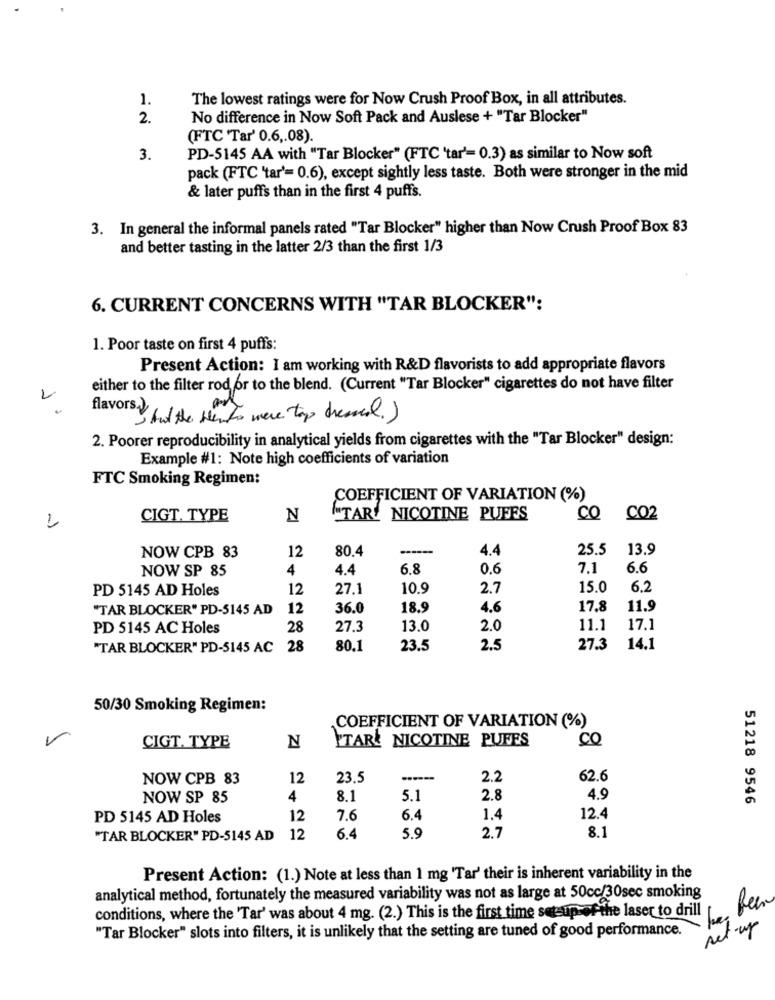
1.
The lowest ratings were for Now Crush Proof Box, in all attributes.
2.
No difference in Now Soft Pack and Auslese + "Tar Blocker"
(FTC 'Tar' 0.6 ,. 08).
3.
PD-5145 AA with "Tar Blocker" (FTC 'tar'= 0.3) as similar to Now soft
pack (FTC 'tar'= 0.6), except sightly less taste. Both were stronger in the mid
& later puffs than in the first 4 puffs.
3. In general the informal panels rated "Tar Blocker" higher than Now Crush Proof Box 83
and better tasting in the latter 2/3 than the first 1/3
6. CURRENT CONCERNS WITH "TAR BLOCKER":
1. Poor taste on first 4 puffs:
Present Action: I am working with R&D flavorists to add appropriate flavors
either to the filter rod or to the blend. (Current "Tar Blocker" cigarettes do not have filter
1
flavors that the Mento were top diesel)
2. Poorer reproducibility in analytical yields from cigarettes with the "Tar Blocker" design:
Example #1: Note high coefficients of variation
FTC Smoking Regimen:
COEFFICIENT OF VARIATION (%)
CIGT. TYPE
N
"TAR' NICOTINE PUFFS
CQ
CO2
80.4
4.4
25.5
13.9
NOW CPB 83
12
4
4.4
6.8
0.6
7.1
6.6
NOW SP 85
PD 5145 AD Holes
12
27.1
10.9
2.7
15.0
6.2
"TAR BLOCKER" PD-5145 AD
12
36.0
18.9
4.6
17.8
11.9
PD 5145 AC Holes
28
27.3
13.0
2.0
11.1
17.1
"TAR BLOCKER" PD-5145 AC 28
80.1
23.5
2.5
27.3
14.1
50/30 Smoking Regimen:
COEFFICIENT OF VARIATION (%)
ITARŁ NICOTINE PUFFS
Co
CIGT. TYPE
N
NOW CPB 83
12
23.5
------
2.2
62.6
NOW SP 85
4
8.1
5.1
2.8
4.9
51218 9546
PD 5145 AD Holes
12
7.6
6.4
1.4
12.4
2.7
8.1
"TAR BLOCKER" PD-5145 AD 12
6.4
5.9
Present Action: (1.) Note at less than 1 mg 'Tar' their is inherent variability in the
analytical method, fortunately the measured variability was not as large at 50cc/30sec smoking
conditions, where the 'Tar' was about 4 mg. (2.) This is the first time setup-of-the laser to drill
Ree
"Tar Blocker" slots into filters, it is unlikely that the setting are tuned of good performance.